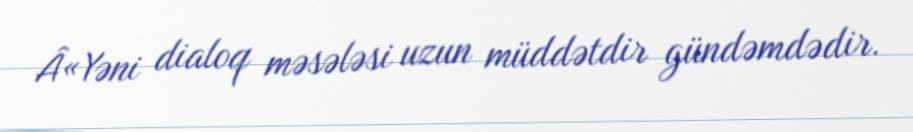
Â«Yəni dialoq məsələsi uzun müddətdir gündəmdədir.